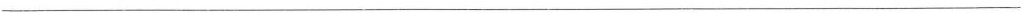
___